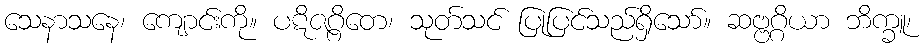
သေနာသနေ၊ ကျောင်းကို။ ပဋိဇဂ္ဂိတေ၊ သုတ်သင် ပြုပြင်သည်ရှိသော်။ ဆဗ္ဗဂ္ဂိယာ ဘိက္ခူ၊